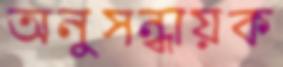
অনুসন্ধায়ক